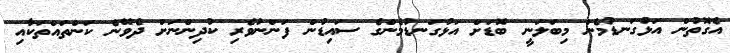
އެގޮތުން އަޅުގަނޑުމެން މިބަލަނީ ބޮޑަށް އަޅުގަނޑުމެންގެ ސައިޑުން ފަންނުވެރި ކުދިންނަށް ދެވޭނެ ކަންތައްތަކާއި